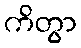
ကိတွာ